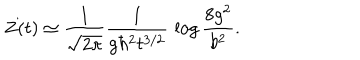
Z ( t ) \simeq { \frac { 1 } { \sqrt { 2 \pi } } } { \frac { 1 } { g \hbar ^ { 2 } t ^ { 3 / 2 } } } \, \log { \frac { 8 g ^ { 2 } } { b ^ { 2 } } } .